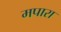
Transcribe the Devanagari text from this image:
मपारा